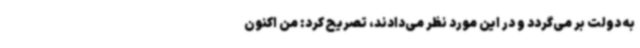
به دولت بر می‌گردد و در این مورد نظر می‌دادند، تصریح کرد: من اکنون